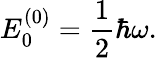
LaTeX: E_{0}^{(0)}={\frac{1}{2}}\hbar\omega.